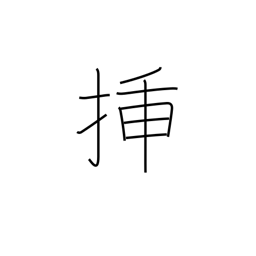
Meaning: graft